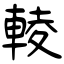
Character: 輘